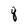
Character: q